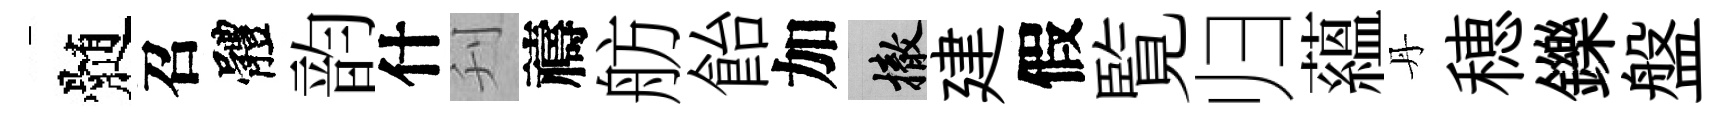
髄召體韵什刋禱舫飴加撤建假覧归藴丹穂鑠盤